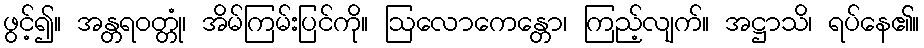
ဖွင့်၍။ အန္တရဝတ္တုံ၊ အိမ်ကြမ်းပြင်ကို။ ဩလောကေန္တော၊ ကြည့်လျက်။ အဋ္ဌာသိ၊ ရပ်နေ၏။